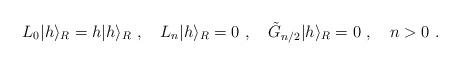
LaTeX: \begin{align*}L_0\vert h\rangle_R =h\vert h\rangle_R{}~,{}~{}~{}~L_n\vert h\rangle_R =0{}~,{}~{}~{}~ \tilde G_{n/2}\vert h\rangle_R =0{}~,{}~{}~{}~n>0{}~.\end{align*}